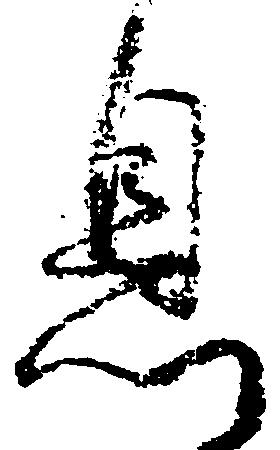
息